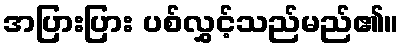
အပြားပြား ပစ်လွှင့်သည်မည်၏။